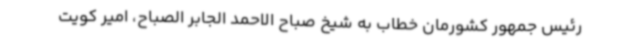
رئیس جمهور کشورمان خطاب به شیخ صباح الاحمد الجابر الصباح، امیر کویت